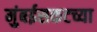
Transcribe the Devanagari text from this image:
मुंबईसकटच्या